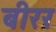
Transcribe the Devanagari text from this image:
बीरर